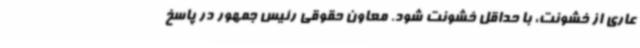
عاری از خشونت، با حداقل خشونت شود. معاون حقوقی رئیس جمهور در پاسخ